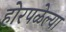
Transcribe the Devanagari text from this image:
होरपळेल्या